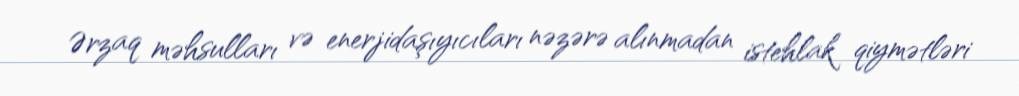
Ərzaq məhsulları və enerjidaşıyıcıları nəzərə alınmadan istehlak qiymətləri